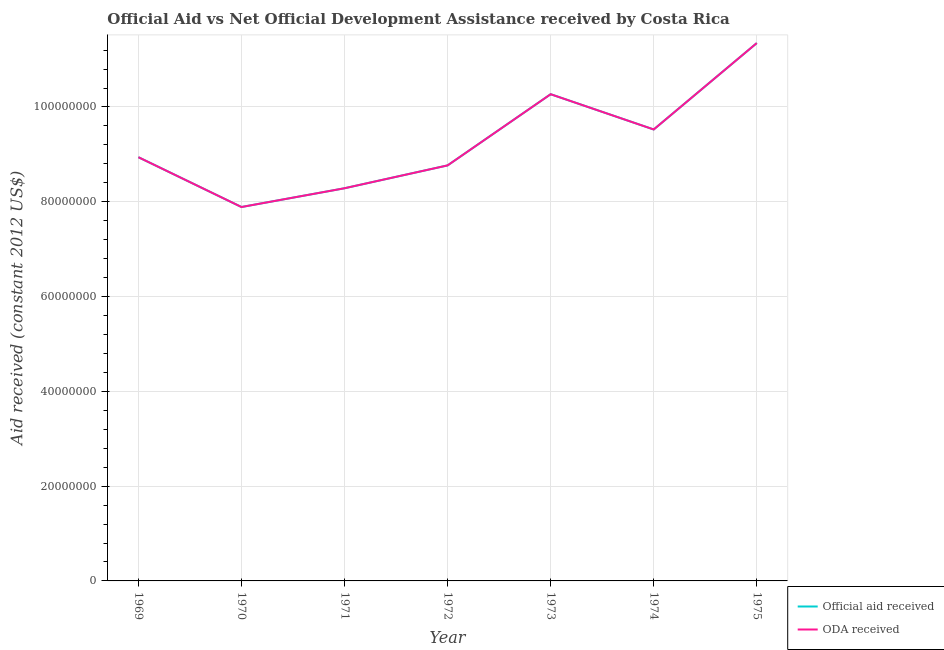
| Year | Official aid received | ODA received |
 | --- | --- | --- |
 | 1969 | 8.94e+07 | 8.94e+07 |
 | 1970 | 7.89e+07 | 7.89e+07 |
 | 1971 | 8.28e+07 | 8.28e+07 |
 | 1972 | 8.77e+07 | 8.77e+07 |
 | 1973 | 1.03e+08 | 1.03e+08 |
 | 1974 | 9.52e+07 | 9.52e+07 |
 | 1975 | 1.13e+08 | 1.13e+08 |